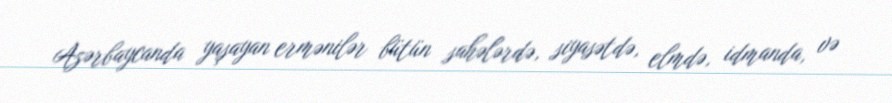
Azərbaycanda yaşayan ermənilər bütün sahələrdə, siyasətdə, elmdə, idmanda, və